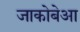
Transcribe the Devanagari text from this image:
जाकोबेआ